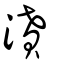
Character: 濆